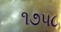
૧૭૫૮